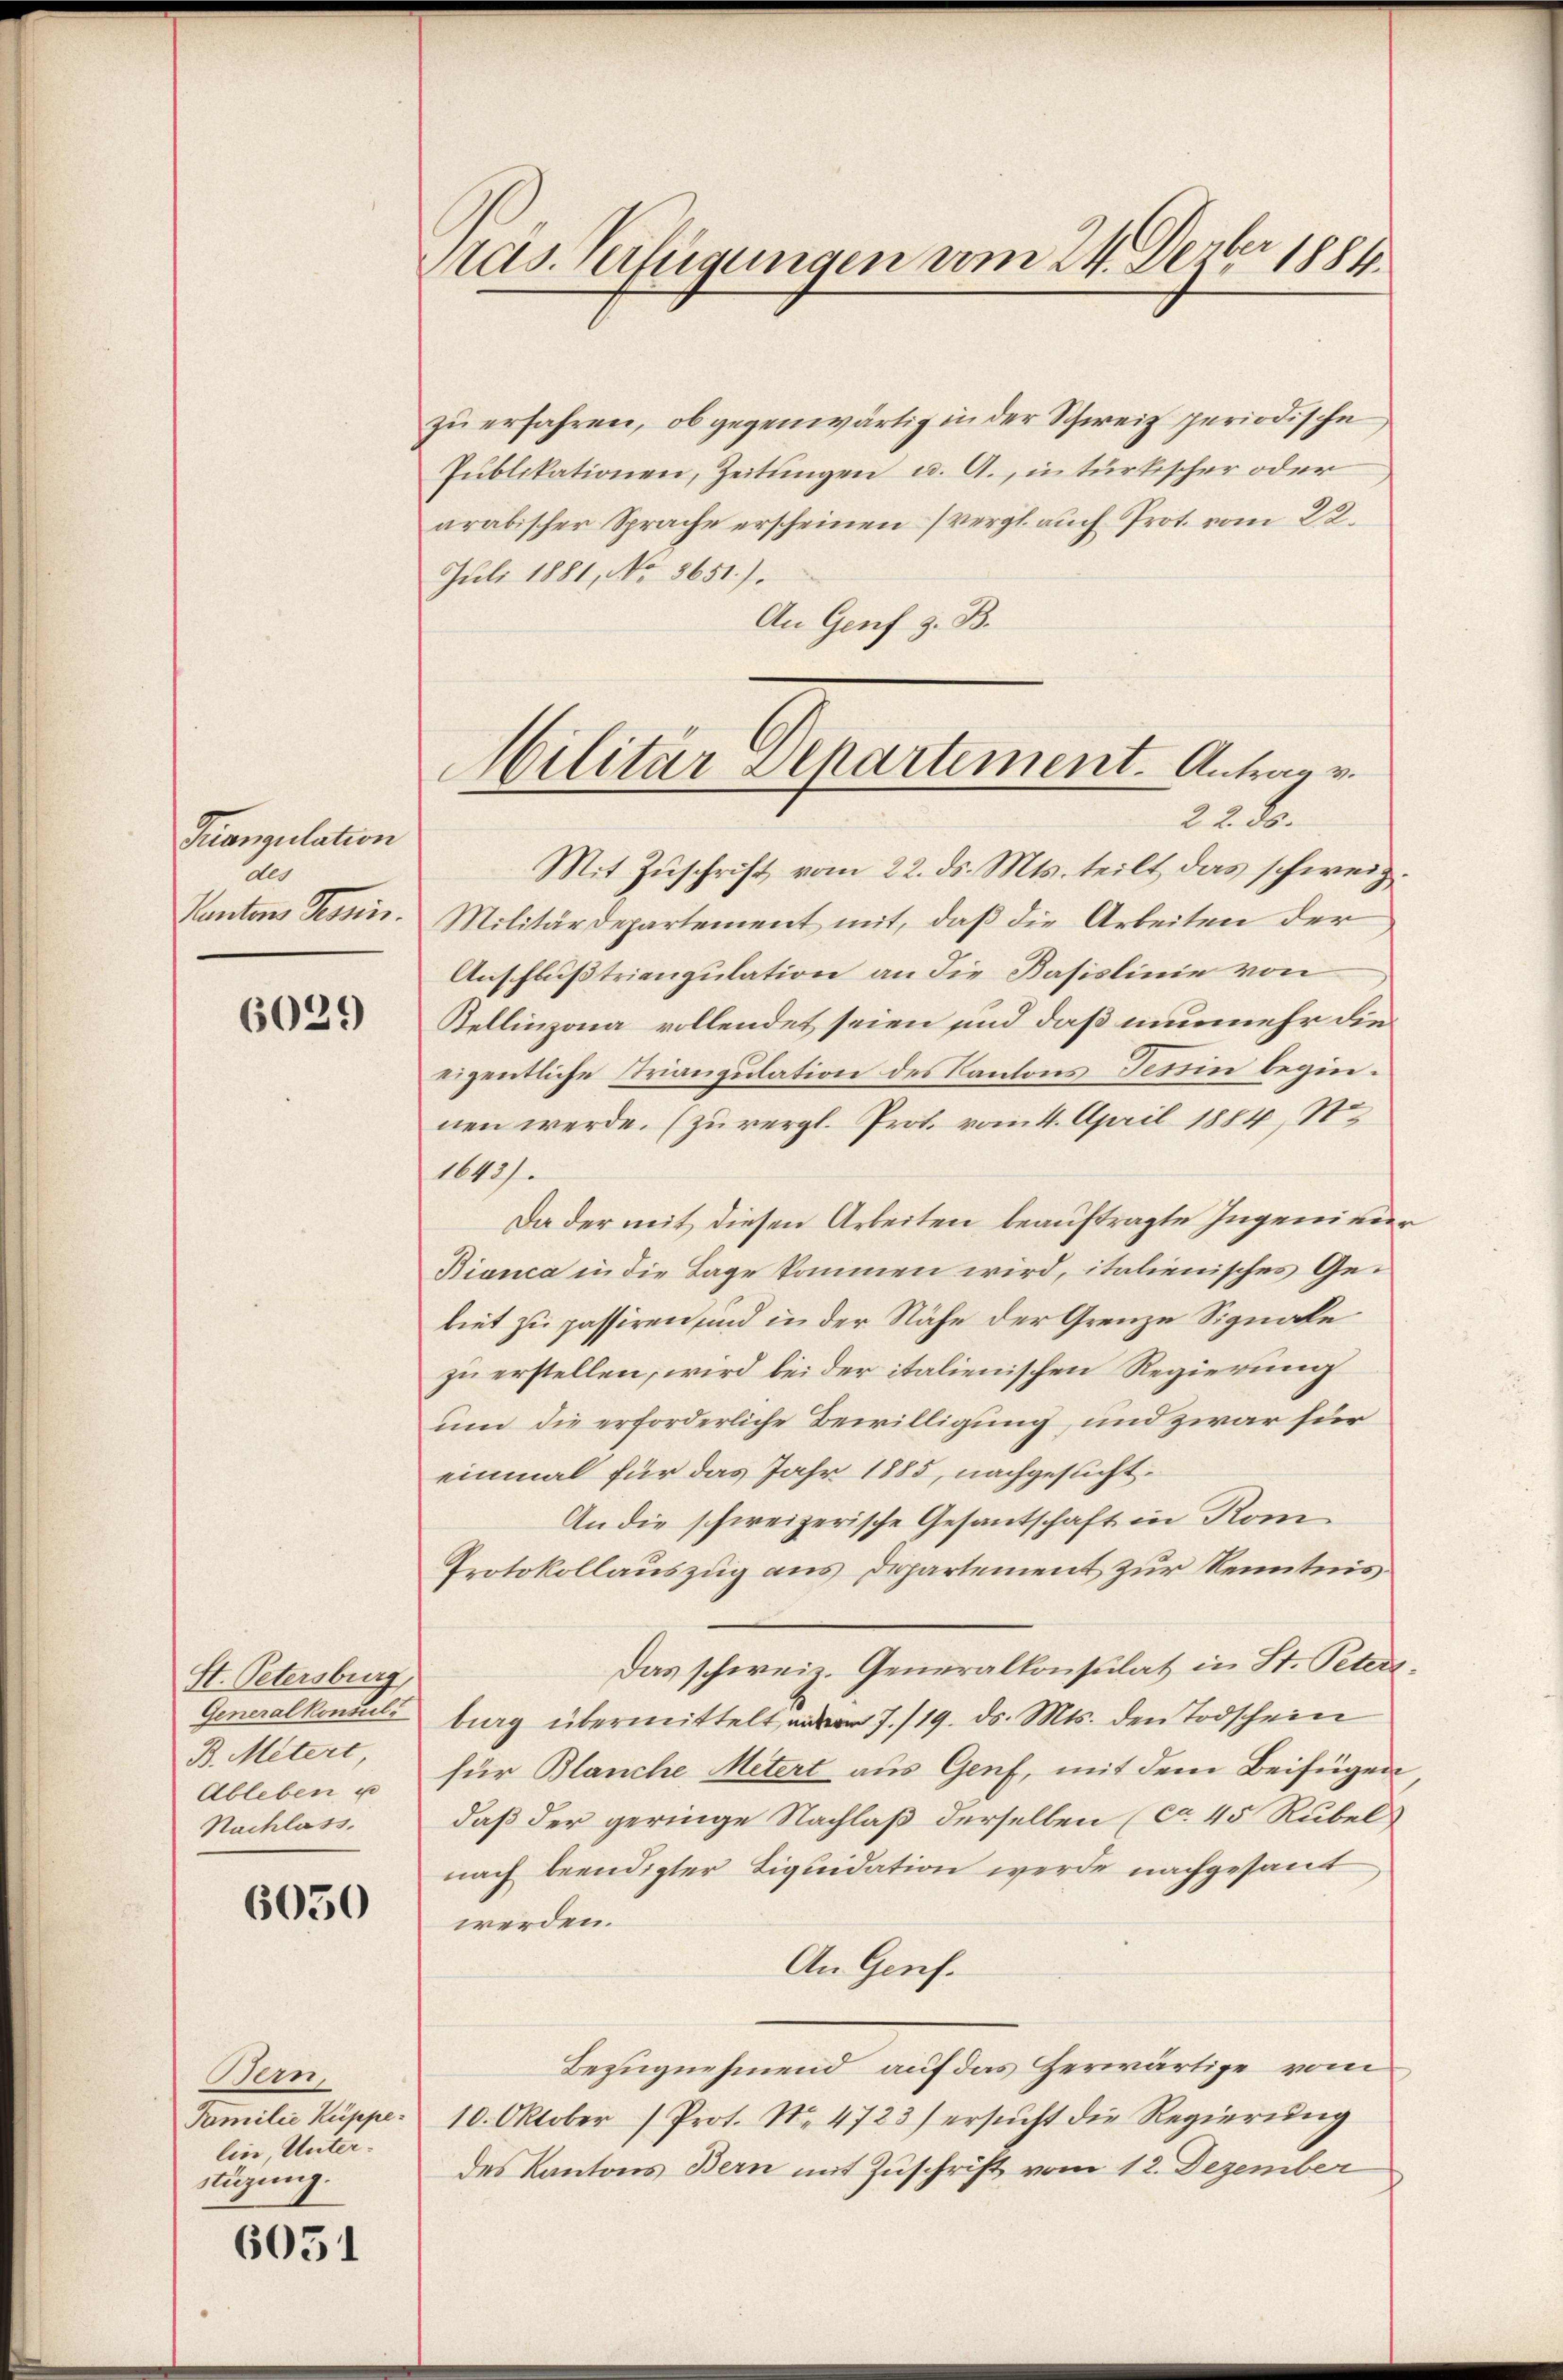
Tuangulation
An
Pantons Tessin.

6029

St. Petersburg,
Generalkonsuls
B. Mitert
Ableben u
Nachlass.

6050

Bern,
Familie Kuppe.
lin, Unterstüzung.

6051

Pras. Verfügungen vom 24. Devber 1884.

zu erfahren, ob gegenwärtig in der Schweiz periodische
Pŭblikationen, Zeitungen u. A., in türkischer oder
arabischer Sprache erscheinen (vergl. auch Prot. vom 22.
Juli 1881, No 3651.).
An Genf z. B.

Militär Departement. Antrag v.
22. 80.

Mit Zuschrift vom 22. ds. Mts. teilt, das schweiz.
Militärdepartement mit, daß die Arbeiten der
Anschlußtriangulation an die Basislinie von
Kellinzona vollendet seien und daß nunmehr die
eigentliche Triangulation des Kantons Tessin beginnen werde. (zuvergl. Prot. vom 4. April 1884, Ste
1643).
Da der mit diesen Arbeiten beauftragte Ingenieur
Bianca in die Tage kommen wird, italienisches Gebiet zu passiren sind in der Nähe der Grenze Signale
zu erstellen, wird bei der italienischen Regierung
um die erforderliche Bewilligung, und zwar für
einmal für das Jahr 1885, nachgesucht.
An die schweizerische Gesantschaft in Kom¬
Protokollauszug aus Departement zur Kenntnis
Das schweiz. Generalkonsulat in St. Peters
burg übermittelt  7./19. ds. Mts. den Todschein
für Blanche Metert aus Genf, mit dem Beifügen
daß der geringe Nachlaß derselben (ca 45 Rubel
nach beendigter Liquidation werde nachgesant
werden.
An Genf.
Bezugnehmend auf das Herwärtige vom
10. Oktober Prot. No. 4723) ersŭcht die Regierŭng
des Kantons Bern mit Zuschrift vom 12. Dezember